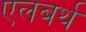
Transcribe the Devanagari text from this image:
एलबर्थ